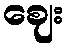
ဈေး